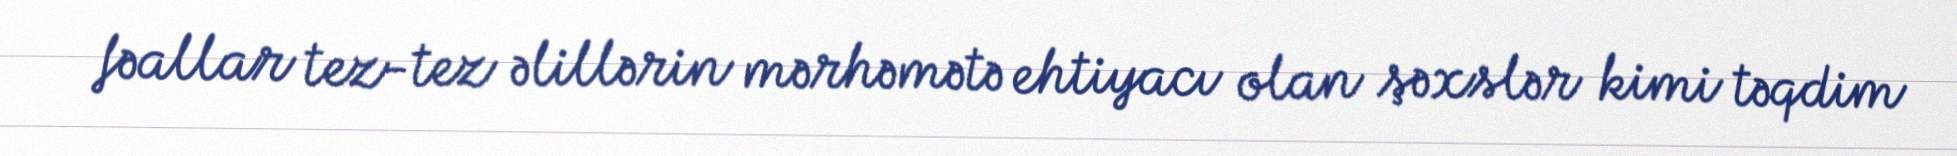
fəallar tez-tez əlillərin mərhəmətə ehtiyacı olan şəxslər kimi təqdim